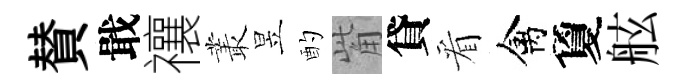
賛戢禳叢昱酌觜貸看禽夐舷